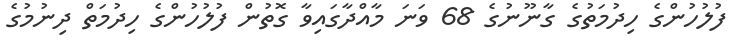
ފުލުހުންގެ ހިދުމަތުގެ ގާނޫނުގެ 68 ވަނަ މާއްދާގައިވާ ގޮތުން ފުލުހުންގެ ހިދުމަތް ދިނުމުގެ